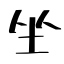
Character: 坐